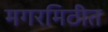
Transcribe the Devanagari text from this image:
मगरमिठीत